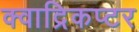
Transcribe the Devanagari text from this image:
क्वाद्रिकप्टर